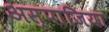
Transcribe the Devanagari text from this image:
अस्पाजिया